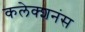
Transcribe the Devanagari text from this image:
कलेक्शनंस